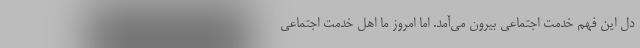
دل این فهم خدمت اجتماعی بیرون می‌آمد. اما امروز ما اهل خدمت اجتماعی